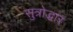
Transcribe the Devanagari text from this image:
सुत्रोद्धार